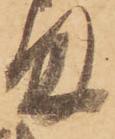
ま